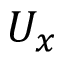
U _ { x }